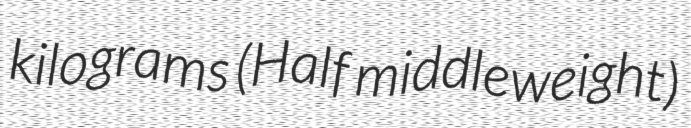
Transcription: kilograms (Half middleweight)